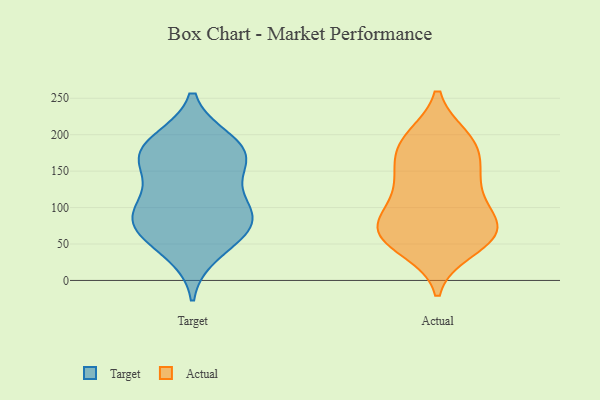
{"axis": {"x": "Shipments", "y": "Value"}, "legend": ["Actual", "Target"], "data": [{"x": "", "y": 59, "type": "Target"}, {"x": "", "y": 157, "type": "Target"}, {"x": "", "y": 190, "type": "Target"}, {"x": "", "y": 87, "type": "Target"}, {"x": "", "y": 93, "type": "Target"}, {"x": "", "y": 99, "type": "Target"}, {"x": "", "y": 72, "type": "Target"}, {"x": "", "y": 165, "type": "Target"}, {"x": "", "y": 38, "type": "Target"}, {"x": "", "y": 114, "type": "Target"}, {"x": "", "y": 169, "type": "Target"}, {"x": "", "y": 75, "type": "Target"}, {"x": "", "y": 173, "type": "Target"}, {"x": "", "y": 191, "type": "Target"}, {"x": "", "y": 43, "type": "Actual"}, {"x": "", "y": 101, "type": "Actual"}, {"x": "", "y": 185, "type": "Actual"}, {"x": "", "y": 70, "type": "Actual"}, {"x": "", "y": 154, "type": "Actual"}, {"x": "", "y": 63, "type": "Actual"}, {"x": "", "y": 107, "type": "Actual"}, {"x": "", "y": 70, "type": "Actual"}, {"x": "", "y": 195, "type": "Actual"}, {"x": "", "y": 194, "type": "Actual"}, {"x": "", "y": 124, "type": "Actual"}, {"x": "", "y": 146, "type": "Actual"}, {"x": "", "y": 67, "type": "Actual"}, {"x": "", "y": 68, "type": "Actual"}, {"x": "", "y": 150, "type": "Actual"}, {"x": "", "y": 189, "type": "Actual"}, {"x": "", "y": 74, "type": "Actual"}, {"x": "", "y": 49, "type": "Actual"}]}